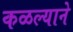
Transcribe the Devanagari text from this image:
कळल्याने